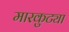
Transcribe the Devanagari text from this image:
मारकुट्या